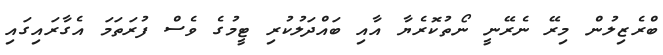
ބްރެޒިލުން މިރޭ ނެރޭނީ ނޯތުކޮރެޔާ އާއި ބައްދަލުކުރި ޓީމުގެ ވެސް ފުރަތަމަ އެގާރައިގައި